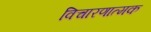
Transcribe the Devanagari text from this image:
विचारणात्मक